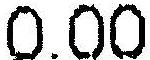
0.00